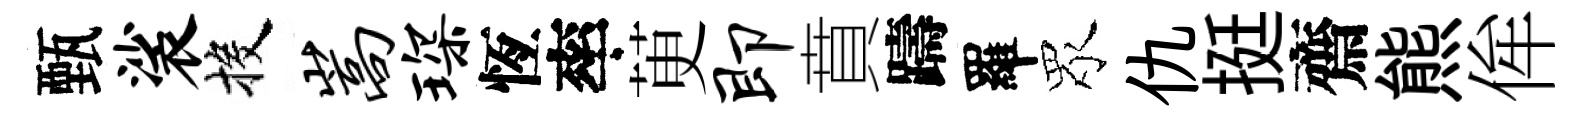
甄裟投嵩琛恆率茰即賁躊羅眾仇挺齋熊侔